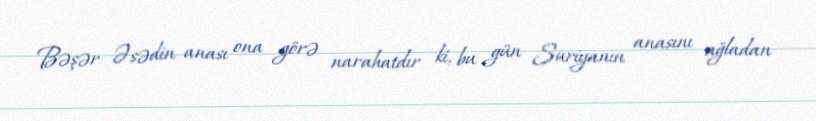
Bəşər Əsədin anası ona görə narahatdır ki, bu gün Suriyanın anasını ağladan